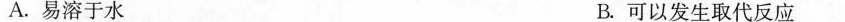
A.易溶于水 B.可以发生取代反应